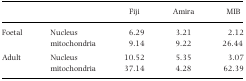
<table><thead><tr><td></td><td></td><td><b>Fiji</b></td><td><b>Amira</b></td><td><b>MIB</b></td></tr></thead><tbody><tr><td>Foetal</td><td>Nucleus</td><td>6.29</td><td>3.21</td><td>2.12</td></tr><tr><td></td><td>mitochondria</td><td>9.14</td><td>9.22</td><td>26.44</td></tr><tr><td>Adult</td><td>Nucleus</td><td>10.52</td><td>5.35</td><td>3.07</td></tr><tr><td></td><td>mitochondria</td><td>37.14</td><td>4.28</td><td>62.39</td></tr></tbody></table>